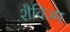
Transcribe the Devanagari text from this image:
शैविज्म